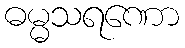
ဓမ္မသရဏော